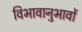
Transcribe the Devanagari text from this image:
विभावानुभावों